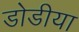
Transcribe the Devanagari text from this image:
डोडीया